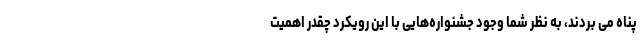
پناه می بردند، به نظر شما وجود جشنواره‌هایی با این رویکرد چقدر اهمیت